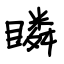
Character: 瞵